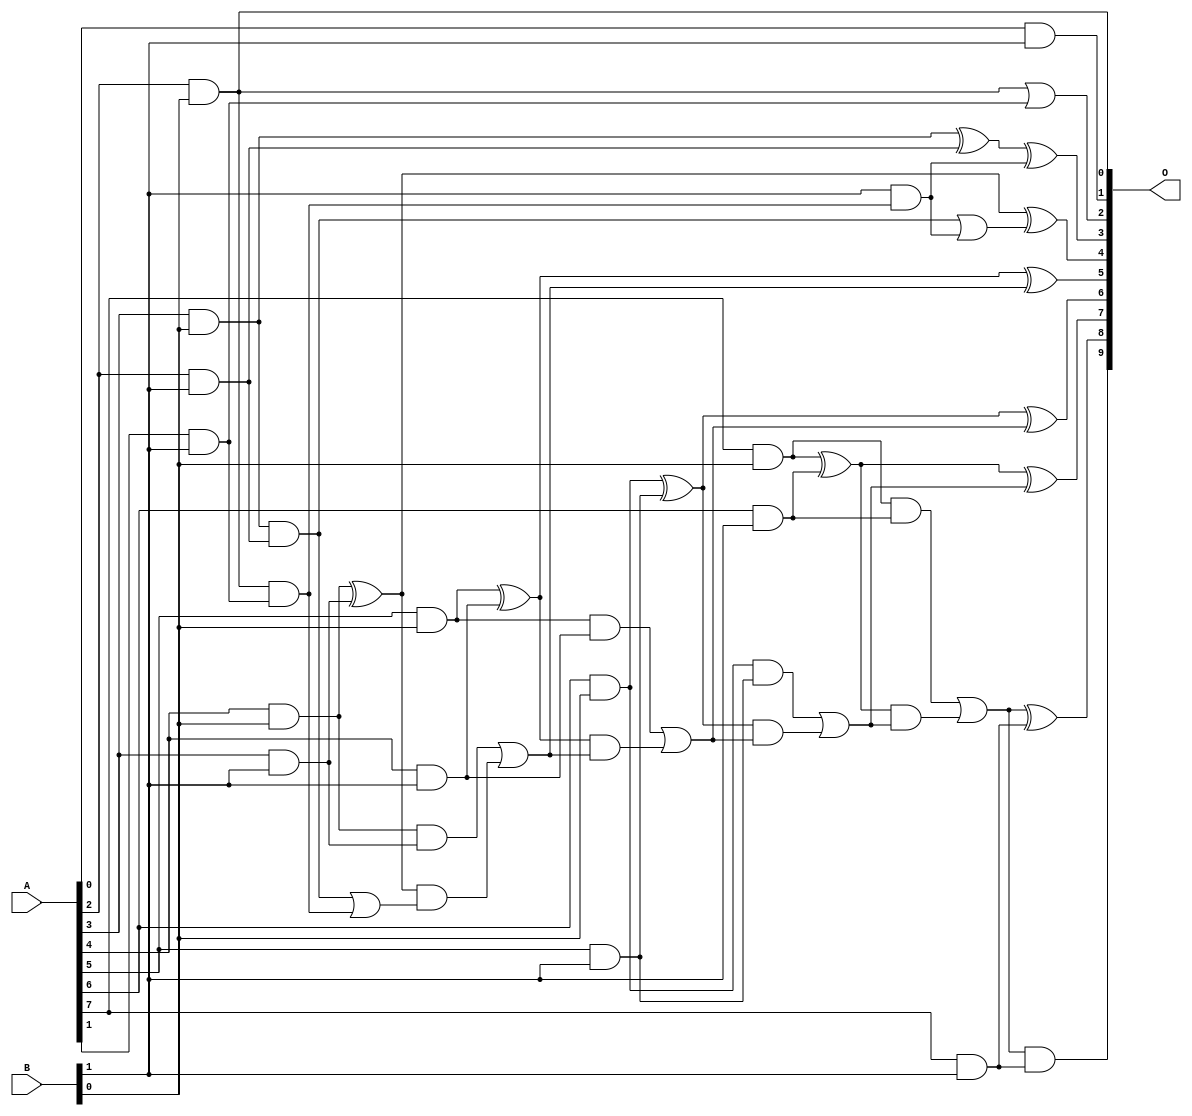
// This program was cloned from: https://github.com/ehw-fit/evoapproxlib
// License: MIT License

/***
* This code is a part of EvoApproxLib library (ehw.fit.vutbr.cz/approxlib) distributed under The MIT License.
* When used, please cite the following article(s): V. Mrazek, L. Sekanina, Z. Vasicek "Libraries of Approximate Circuits: Automated Design and Application in CNN Accelerators" IEEE Journal on Emerging and Selected Topics in Circuits and Systems, Vol 10, No 4, 2020 
* This file contains a circuit from a sub-set of pareto optimal circuits with respect to the pwr and mse parameters
***/
// MAE% = 0.067 %
// MAE = 0.69 
// WCE% = 0.29 %
// WCE = 3.0 
// WCRE% = 100.00 %
// EP% = 37.50 %
// MRE% = 1.45 %
// MSE = 1.5 
// PDK45_PWR = 0.027 mW
// PDK45_AREA = 100.4 um2
// PDK45_DELAY = 0.59 ns

module mul8x2u_0S7 (
    A,
    B,
    O
);

input [7:0] A;
input [1:0] B;
output [9:0] O;

wire sig_10,sig_12,sig_13,sig_14,sig_15,sig_16,sig_17,sig_19,sig_20,sig_21,sig_22,sig_23,sig_24,sig_25,sig_26,sig_29,sig_32,sig_33,sig_34,sig_35;
wire sig_36,sig_37,sig_38,sig_39,sig_40,sig_41,sig_42,sig_43,sig_44,sig_45,sig_46,sig_47,sig_48,sig_49,sig_50,sig_51,sig_52,sig_53,sig_54,sig_55;
wire sig_56,sig_57,sig_58,sig_59;

assign sig_10 = A[0] & B[1];
assign sig_12 = A[2] & B[0];
assign sig_13 = A[3] & B[0];
assign sig_14 = A[4] & B[0];
assign sig_15 = A[5] & B[0];
assign sig_16 = A[6] & B[0];
assign sig_17 = A[7] & B[0];
assign sig_19 = A[1] & B[1];
assign sig_20 = A[2] & B[1];
assign sig_21 = A[3] & B[1];
assign sig_22 = A[4] & B[1];
assign sig_23 = A[5] & B[1];
assign sig_24 = A[6] & B[1];
assign sig_25 = A[7] & B[1];
assign sig_26 = sig_12 | sig_19;
assign sig_29 = sig_12 & sig_19;
assign sig_32 = B[1] & sig_29;
assign sig_33 = sig_13 ^ sig_20;
assign sig_34 = sig_13 & sig_20;
assign sig_35 = sig_34 | sig_32;
assign sig_36 = sig_33 ^ sig_32;
assign sig_37 = sig_34 | sig_29;
assign sig_38 = sig_14 ^ sig_21;
assign sig_39 = sig_14 & sig_21;
assign sig_40 = sig_38 & sig_37;
assign sig_41 = sig_38 ^ sig_35;
assign sig_42 = sig_39 | sig_40;
assign sig_43 = sig_15 ^ sig_22;
assign sig_44 = sig_15 & sig_22;
assign sig_45 = sig_43 & sig_42;
assign sig_46 = sig_43 ^ sig_42;
assign sig_47 = sig_44 | sig_45;
assign sig_48 = sig_16 ^ sig_23;
assign sig_49 = sig_16 & sig_23;
assign sig_50 = sig_48 & sig_47;
assign sig_51 = sig_48 ^ sig_47;
assign sig_52 = sig_49 | sig_50;
assign sig_53 = sig_17 ^ sig_24;
assign sig_54 = sig_17 & sig_24;
assign sig_55 = sig_53 & sig_52;
assign sig_56 = sig_53 ^ sig_52;
assign sig_57 = sig_54 | sig_55;
assign sig_58 = sig_57 & sig_25;
assign sig_59 = sig_57 ^ sig_25;

assign O[9] = sig_58;
assign O[8] = sig_59;
assign O[7] = sig_56;
assign O[6] = sig_51;
assign O[5] = sig_46;
assign O[4] = sig_41;
assign O[3] = sig_36;
assign O[2] = sig_26;
assign O[1] = sig_10;
assign O[0] = sig_12;

endmodule